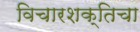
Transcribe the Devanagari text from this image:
विचारशक्तिचा